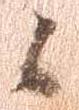
候